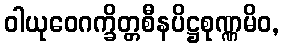
ဝါယုဝေဂက္ခိတ္တစီနပိဋ္ဌစုဏ္ဏမိဝ,